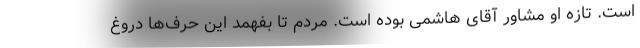
است. تازه او مشاور آقای هاشمی بوده است. مردم تا بفهمد این حرف‌ها دروغ